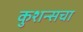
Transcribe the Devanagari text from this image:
कुशन्सचा